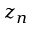
z _ { n }